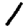
Digit: 1